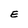
Character: E